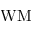
\mathrm { W M }